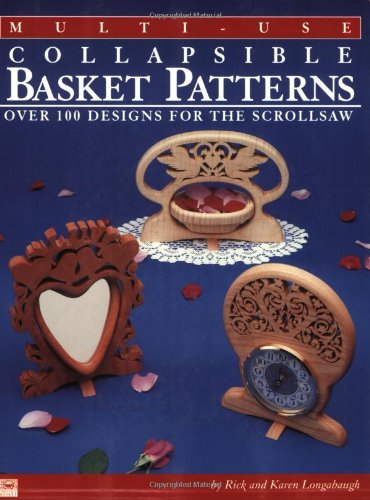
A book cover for Multi-Use Collapsible Basket Patterns: Over 100 Designs for the Scroll Saw; Rick & Karen Longabaugh; Crafts, Hobbies & Home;